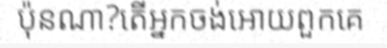
ប៉ុនណា?តើអ្នកចង់អោយពួកគេ